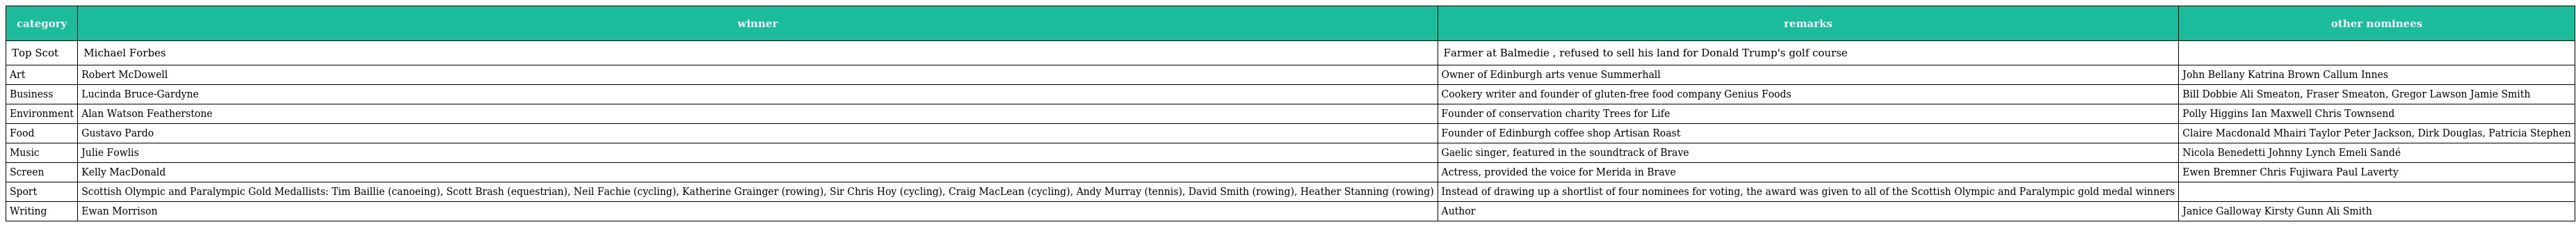
| category | winner | remarks | other nominees |
 | --- | --- | --- | --- |
 | Top Scot | Michael Forbes | Farmer at Balmedie , refused to sell his land for Donald Trump's golf course |  |
 | Art | Robert McDowell | Owner of Edinburgh arts venue Summerhall | John Bellany Katrina Brown Callum Innes |
 | Business | Lucinda Bruce-Gardyne | Cookery writer and founder of gluten-free food company Genius Foods | Bill Dobbie Ali Smeaton, Fraser Smeaton, Gregor Lawson Jamie Smith |
 | Environment | Alan Watson Featherstone | Founder of conservation charity Trees for Life | Polly Higgins Ian Maxwell Chris Townsend |
 | Food | Gustavo Pardo | Founder of Edinburgh coffee shop Artisan Roast | Claire Macdonald Mhairi Taylor Peter Jackson, Dirk Douglas, Patricia Stephen |
 | Music | Julie Fowlis | Gaelic singer, featured in the soundtrack of Brave | Nicola Benedetti Johnny Lynch Emeli Sandé |
 | Screen | Kelly MacDonald | Actress, provided the voice for Merida in Brave | Ewen Bremner Chris Fujiwara Paul Laverty |
 | Sport | Scottish Olympic and Paralympic Gold Medallists: Tim Baillie (canoeing), Scott Brash (equestrian), Neil Fachie (cycling), Katherine Grainger (rowing), Sir Chris Hoy (cycling), Craig MacLean (cycling), Andy Murray (tennis), David Smith (rowing), Heather Stanning (rowing) | Instead of drawing up a shortlist of four nominees for voting, the award was given to all of the Scottish Olympic and Paralympic gold medal winners |  |
 | Writing | Ewan Morrison | Author | Janice Galloway Kirsty Gunn Ali Smith |